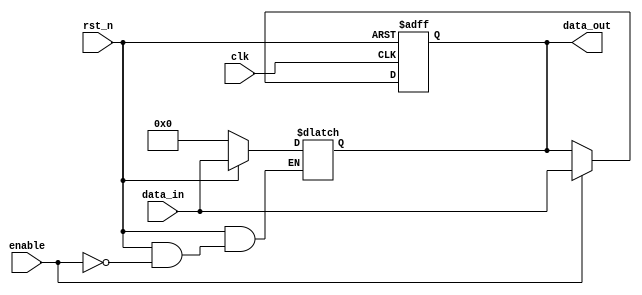
module output_register #(
    parameter WIDTH = 8  // Parameter for bit width of the register
)(
    input wire clk,           // Clock input
    input wire rst_n,        // Asynchronous reset (active low)
    input wire enable,       // Enable signal
    input wire [WIDTH-1:0] data_in, // Data input
    output reg [WIDTH-1:0] data_out // Data output
);

// Asynchronous reset logic
always @(*) begin
    if (!rst_n) begin
        data_out = {WIDTH{1'b0}}; // Clear output to 0
    end else if (enable) begin
        // If enable is high, update data_out on clock edge
        data_out = data_in;
    end
end

// Synchronous update on rising edge of the clock
always @(posedge clk or negedge rst_n) begin
    if (!rst_n) begin
        data_out <= {WIDTH{1'b0}}; // Clear output to 0
    end else if (enable) begin
        data_out <= data_in; // Capture input data
    end
end

endmodule